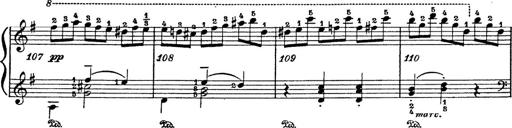
Title: 6 Polish Songs
Composer: Franz Liszt